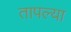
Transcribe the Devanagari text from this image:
तापल्या